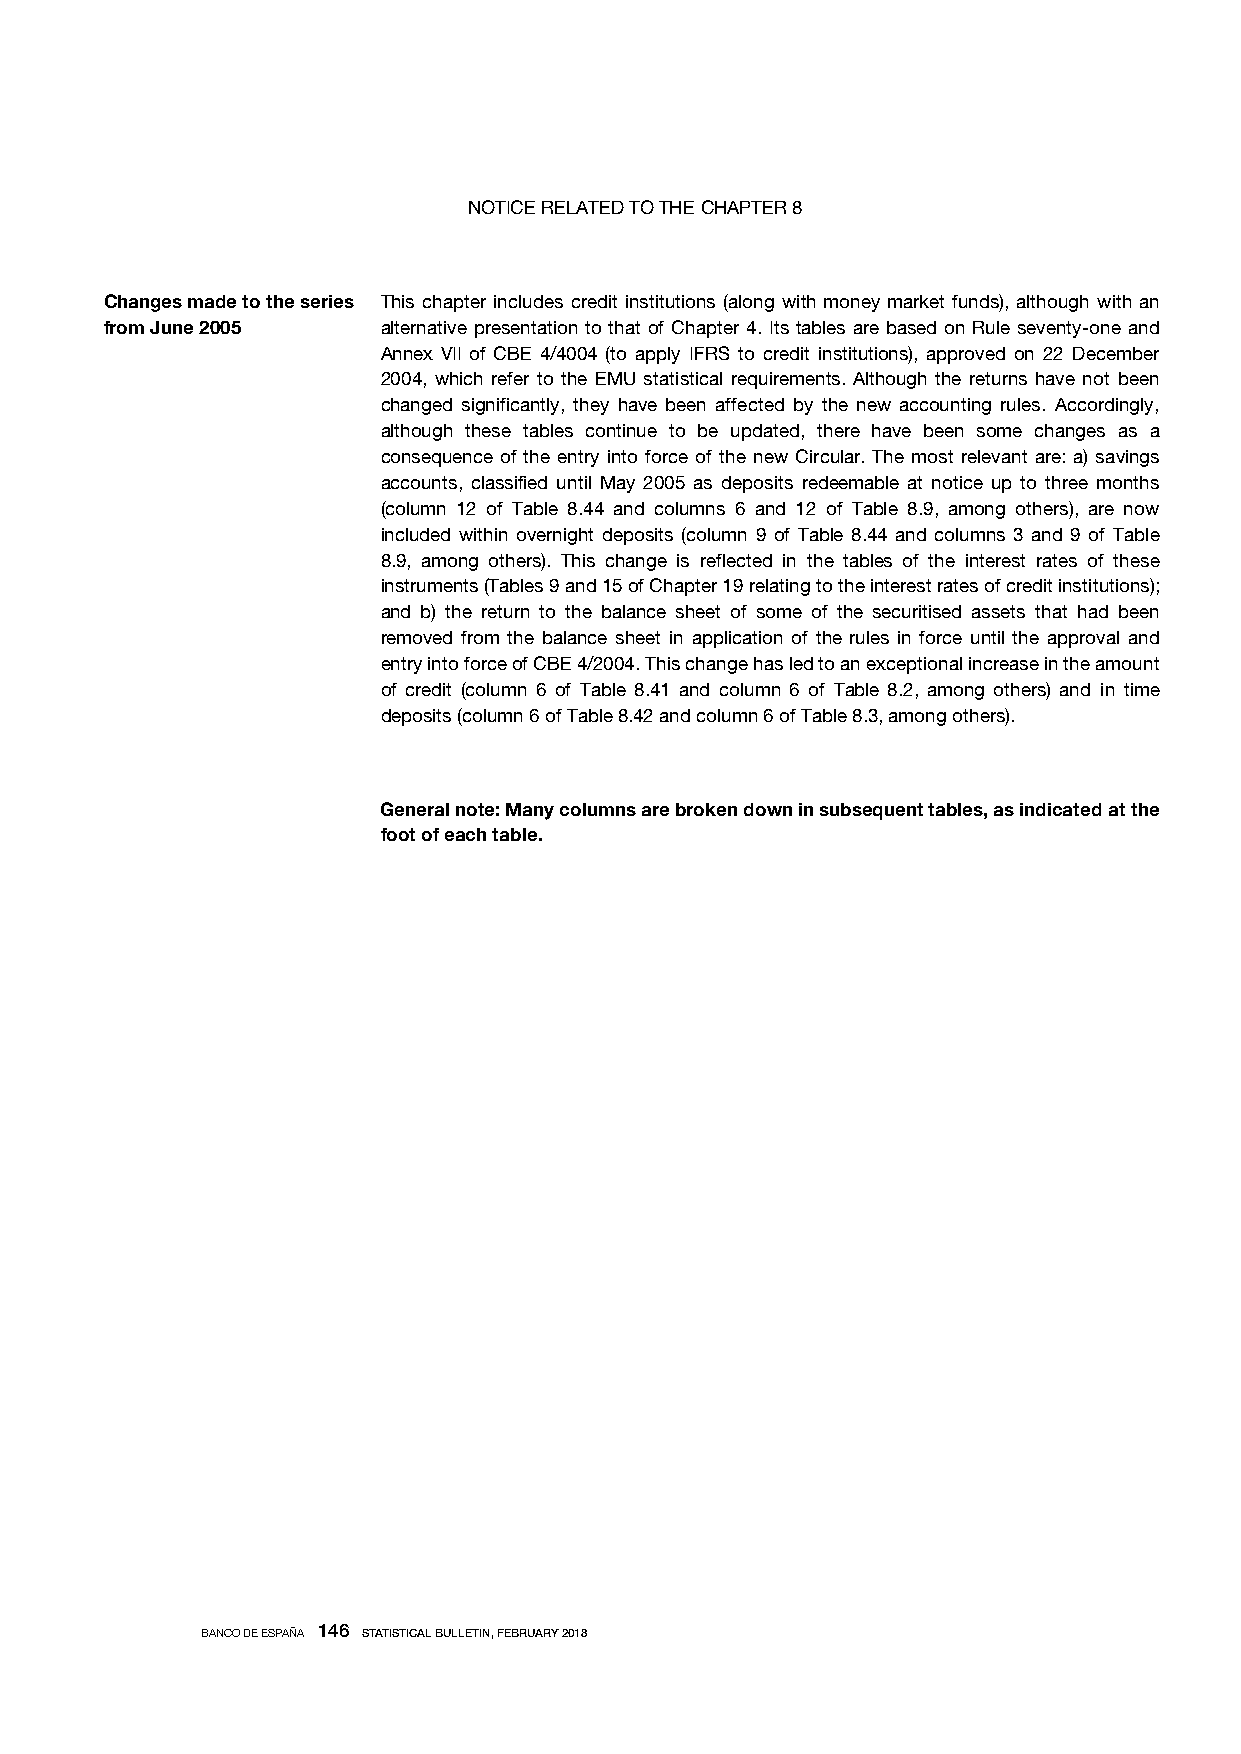
NOTICE RELATED TO THE CHAPTER 8
 Changes made to the series This chapter includes credit institutions (along with money market funds), although with an
 from June 2005    alternative presentation to that of Chapter 4. Its tables are based on Rule seventy-one and
 Annex VII of CBE 4/4004 (to apply IFRS to credit institutions), approved on 22 December
 2004, which refer to the EMU statistical requirements. Although the returns have not been
 changed significantly, they have been affected by the new accounting rules. Accordingly,
 although these tables continue to be updated, there have been some changes as a
 consequence of the entry into force of the new Circular. The most relevant are: a) savings
 accounts, classified until May 2005 as deposits redeemable at notice up to three months
 (column 12 of Table 8.44 and columns 6 and 12 of Table 8.9, among others), are now
 included within overnight deposits (column 9 of Table 8.44 and columns 3 and 9 of Table
 8.9, among others). This change is reflected in the tables of the interest rates of these
 instruments (Tables 9 and 15 of Chapter 19 relating to the interest rates of credit institutions);
 and b) the return to the balance sheet of some of the securitised assets that had been
 removed from the balance sheet in application of the rules in force until the approval and
 entry into force of CBE 4/2004. This change has led to an exceptional increase in the amount
 of credit (column 6 of Table 8.41 and column 6 of Table 8.2, among others) and in time
 deposits (column 6 of Table 8.42 and column 6 of Table 8.3, among others).
 General note: Many columns are broken down in subsequent tables, as indicated at the
 foot of each table.
 BANCO DE ESPAÑA 146 STATISTICAL BULLETIN, FEBRUARY 2018
 BANCO DE ESPAÑA / STATISTICAL BULLETIN